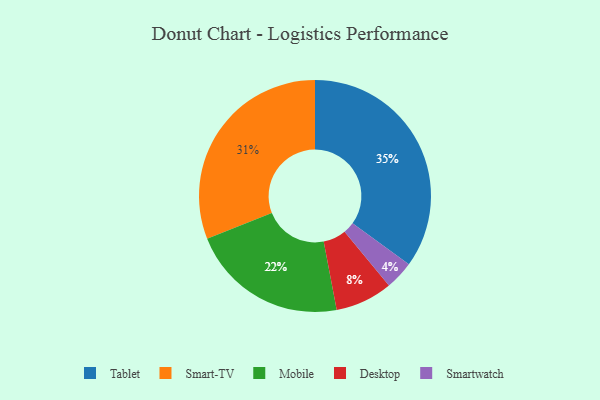
{"axis": {"x": "Category", "y": "Percentage"}, "legend": ["Desktop", "Mobile", "Smart-TV", "Smartwatch", "Tablet"], "data": [{"x": "Smart-TV", "y": 31, "type": "Smart-TV"}, {"x": "Smartwatch", "y": 4, "type": "Smartwatch"}, {"x": "Desktop", "y": 8, "type": "Desktop"}, {"x": "Mobile", "y": 22, "type": "Mobile"}, {"x": "Tablet", "y": 35, "type": "Tablet"}]}